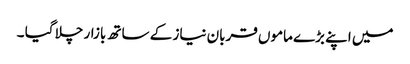
میں اپنے بڑے ماموں قربان نیاز کے ساتھ بازار چلا گیا ۔